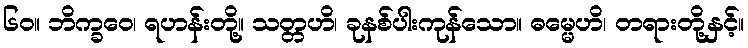
၆၀။ ဘိက္ခဝေ၊ ရဟန်းတို့။ သတ္တဟိ၊ ခုနစ်ပါးကုန်သော။ ဓမ္မေဟိ၊ တရားတို့နှင့်။